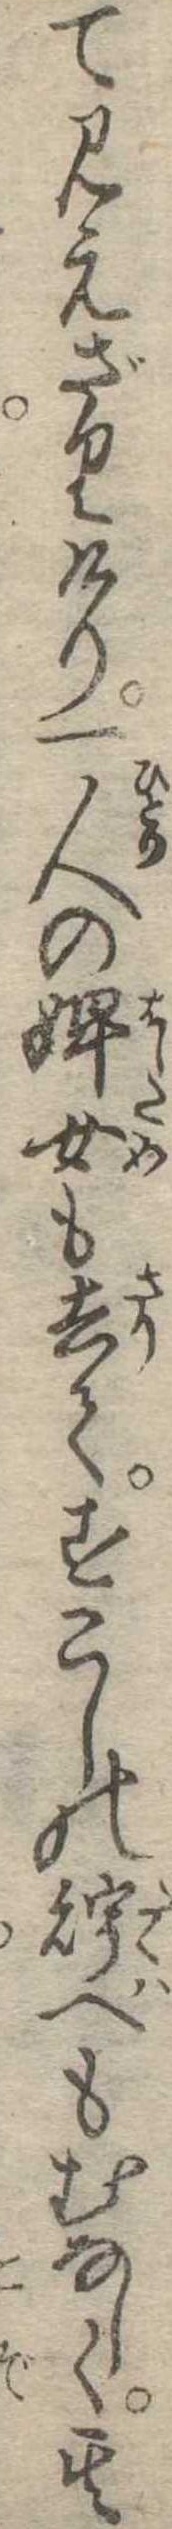
て見えざりけり一人の婢女も去てすこしの貯へもむなしく其